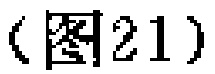
(图21)